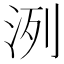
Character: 洌